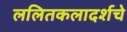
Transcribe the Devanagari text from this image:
ललितकलादर्शचे